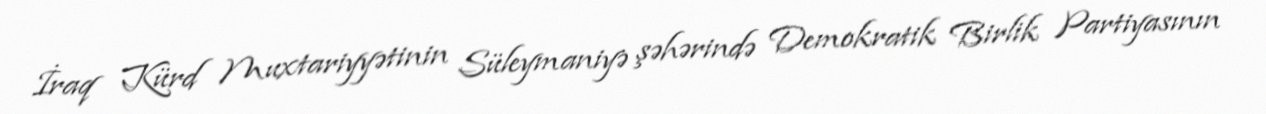
İraq Kürd Muxtariyyətinin Süleymaniyə şəhərində Demokratik Birlik Partiyasının